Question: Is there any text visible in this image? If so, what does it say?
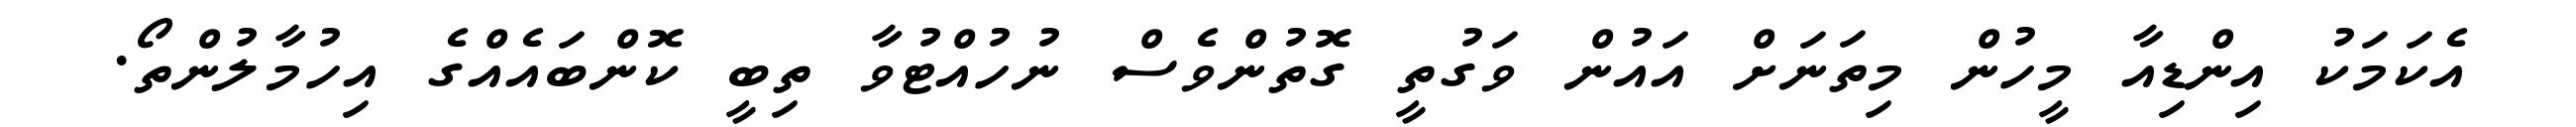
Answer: އެކަމަކު އިންޑިއާ މީހުން މިތަނަށް އައުން ވަގުތީ ގޮތުންވެސް ނުހުއްޓުވާ ތިބީ ކޮންބައެއްގެ އިހުމާލުންތޯ.